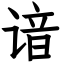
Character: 谙